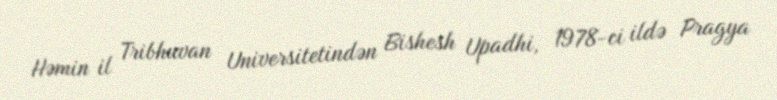
Həmin il Tribhuvan Universitetindən Bishesh Upadhi, 1978-ci ildə Pragya